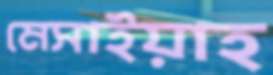
মেসাইয়াহ